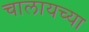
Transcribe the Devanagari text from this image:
चालायच्या